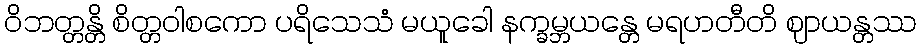
ဝိဘတ္တန္တိ စိတ္တဝါစကော ပရိသေသံ မယူခေါ နက္ခမ္ဘယန္တေ မရဟတီတိ ဈာယန္တဿ